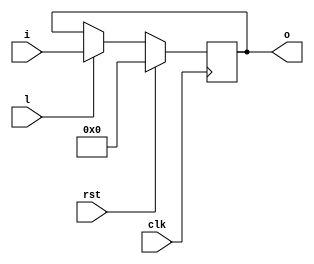
// ******************************
// * register_sload_sreset*
// ******************************
// =  =
// [] i   [W]:  
// [ ] l      :    (      clk)
// [ ] clk    :  
// [ ] rst    :   :        clk
//
// =  =
// [] o [W]:  :     
//
// =  =
// W  [16]:      
// DV [ 0]:   ,   
//
// =  =
//        .
//       clk:
// *  "rst == 1",    DV;
// *    i.
//      clk     (x).
module register_sload_sreset(i, l, clk, rst, o);
  parameter W = 16;
  parameter DV = 0;
  input [W-1:0] i;
  input l, clk, rst;
  output reg [W-1:0] o;
  
  always @(posedge clk)
    if(rst) o <= DV;
    else if(l) o <= i;
endmodule